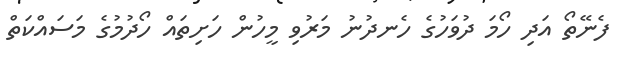
ފެނޭތޯ އަދި ހޯމަ ދުވަހުގެ ހެނދުނު މަރުވި މީހުން ހަށިތައް ހޯދުމުގެ މަސައްކަތް